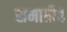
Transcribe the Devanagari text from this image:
समाप्ती४